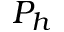
P _ { h }